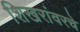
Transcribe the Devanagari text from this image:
शिखरांवरचे